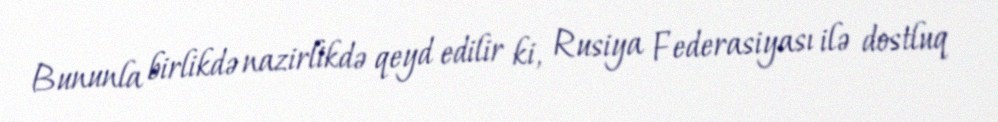
Bununla birlikdə nazirlikdə qeyd edilir ki, Rusiya Federasiyası ilə dostluq